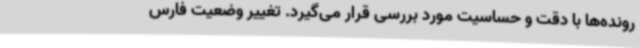
رونده‌ها با دقت و حساسیت مورد بررسی قرار می‌گیرد. تغییر وضعیت فارس